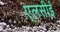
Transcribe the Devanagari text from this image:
एलसीई